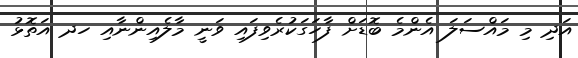
އަދި މި މައްސަލަ އެންމެ ބޮޑަށް ފާހަގަކުރެވިފައި ވަނީ މާލެއިންނާއި ހދ އަތޮޅު